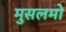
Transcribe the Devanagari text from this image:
मुसलमो